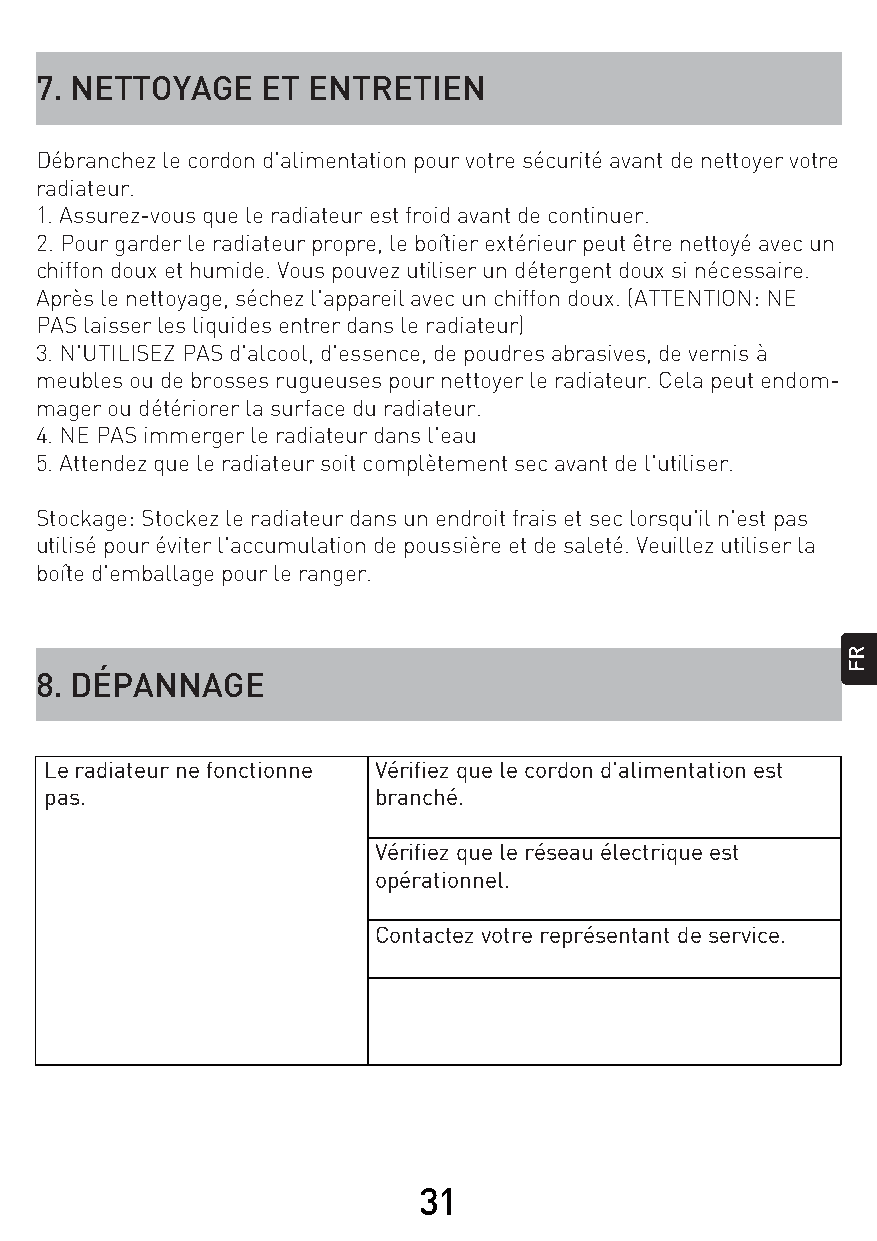
7. NETTOYAGE   ET ENTRETIEN
 Débranchez le cordon d'alimentation pour votre sécurité avant de nettoyer votre
 radiateur.
 1. Assurez-vous que le radiateur est froid avant de continuer.
 2. Pour garder le radiateur propre, le boîtier extérieur peut être nettoyé avec un
 chiffon doux et humide. Vous pouvez utiliser un détergent doux si nécessaire.
 Après le nettoyage, séchez l'appareil avec un chiffon doux. (ATTENTION: NE
 PAS laisser les liquides entrer dans le radiateur)
 3. N'UTILISEZ PAS d'alcool, d'essence, de poudres abrasives, de vernis à
 meubles ou de brosses rugueuses pour nettoyer le radiateur. Cela peut endom-
 mager ou détériorer la surface du radiateur.
 4. NE PAS immerger le radiateur dans l'eau
 5. Attendez que le radiateur soit complètement sec avant de l'utiliser.
 Stockage: Stockez le radiateur dans un endroit frais et sec lorsqu'il n'est pas
 utilisé pour éviter l'accumulation de poussière et de saleté. Veuillez utiliser la
 boîte d'emballage pour le ranger.
 8. DÉPANNAGE
 Le radiateur ne fonctionne Vérifiez que le cordon d'alimentation est
 pas.                  branché.
 Vérifiez que le réseau électrique est
 opérationnel.
 Contactez votre représentant de service.
 31